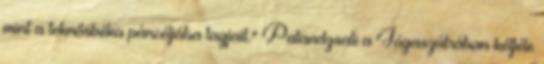
mint a teknősbéka páncéljába tagjait." Patandzsali a Jógaszútrában kétféle